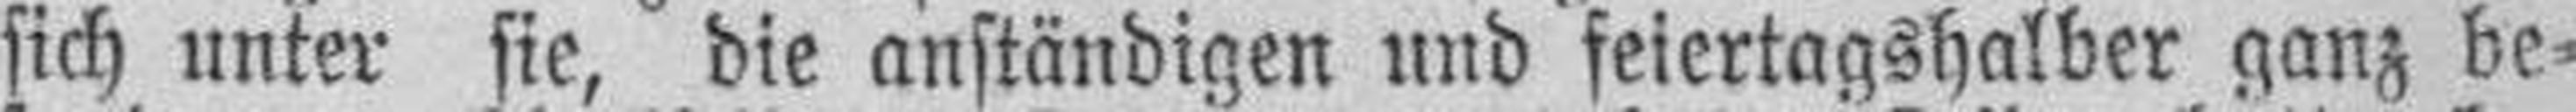
sich unter sie, die anständigen und feiertagshalber ganz be¬